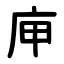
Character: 庘